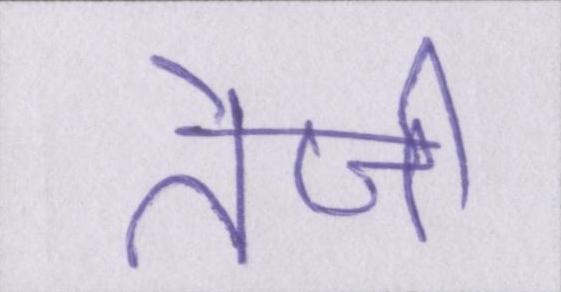
तेजी